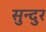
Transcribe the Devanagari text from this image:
सुन्दुर